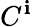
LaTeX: C^{\mathbf{i}}